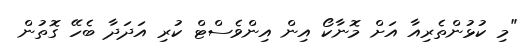
"މި ކުޅުންތެރިއާ އަށް މޮނާކޯ އިން އިންވެސްޓް ކުރި އަދަދާ ބެހޭ ގޮތުން